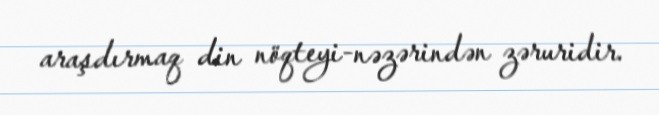
araşdırmaq din nöqteyi-nəzərindən zəruridir.